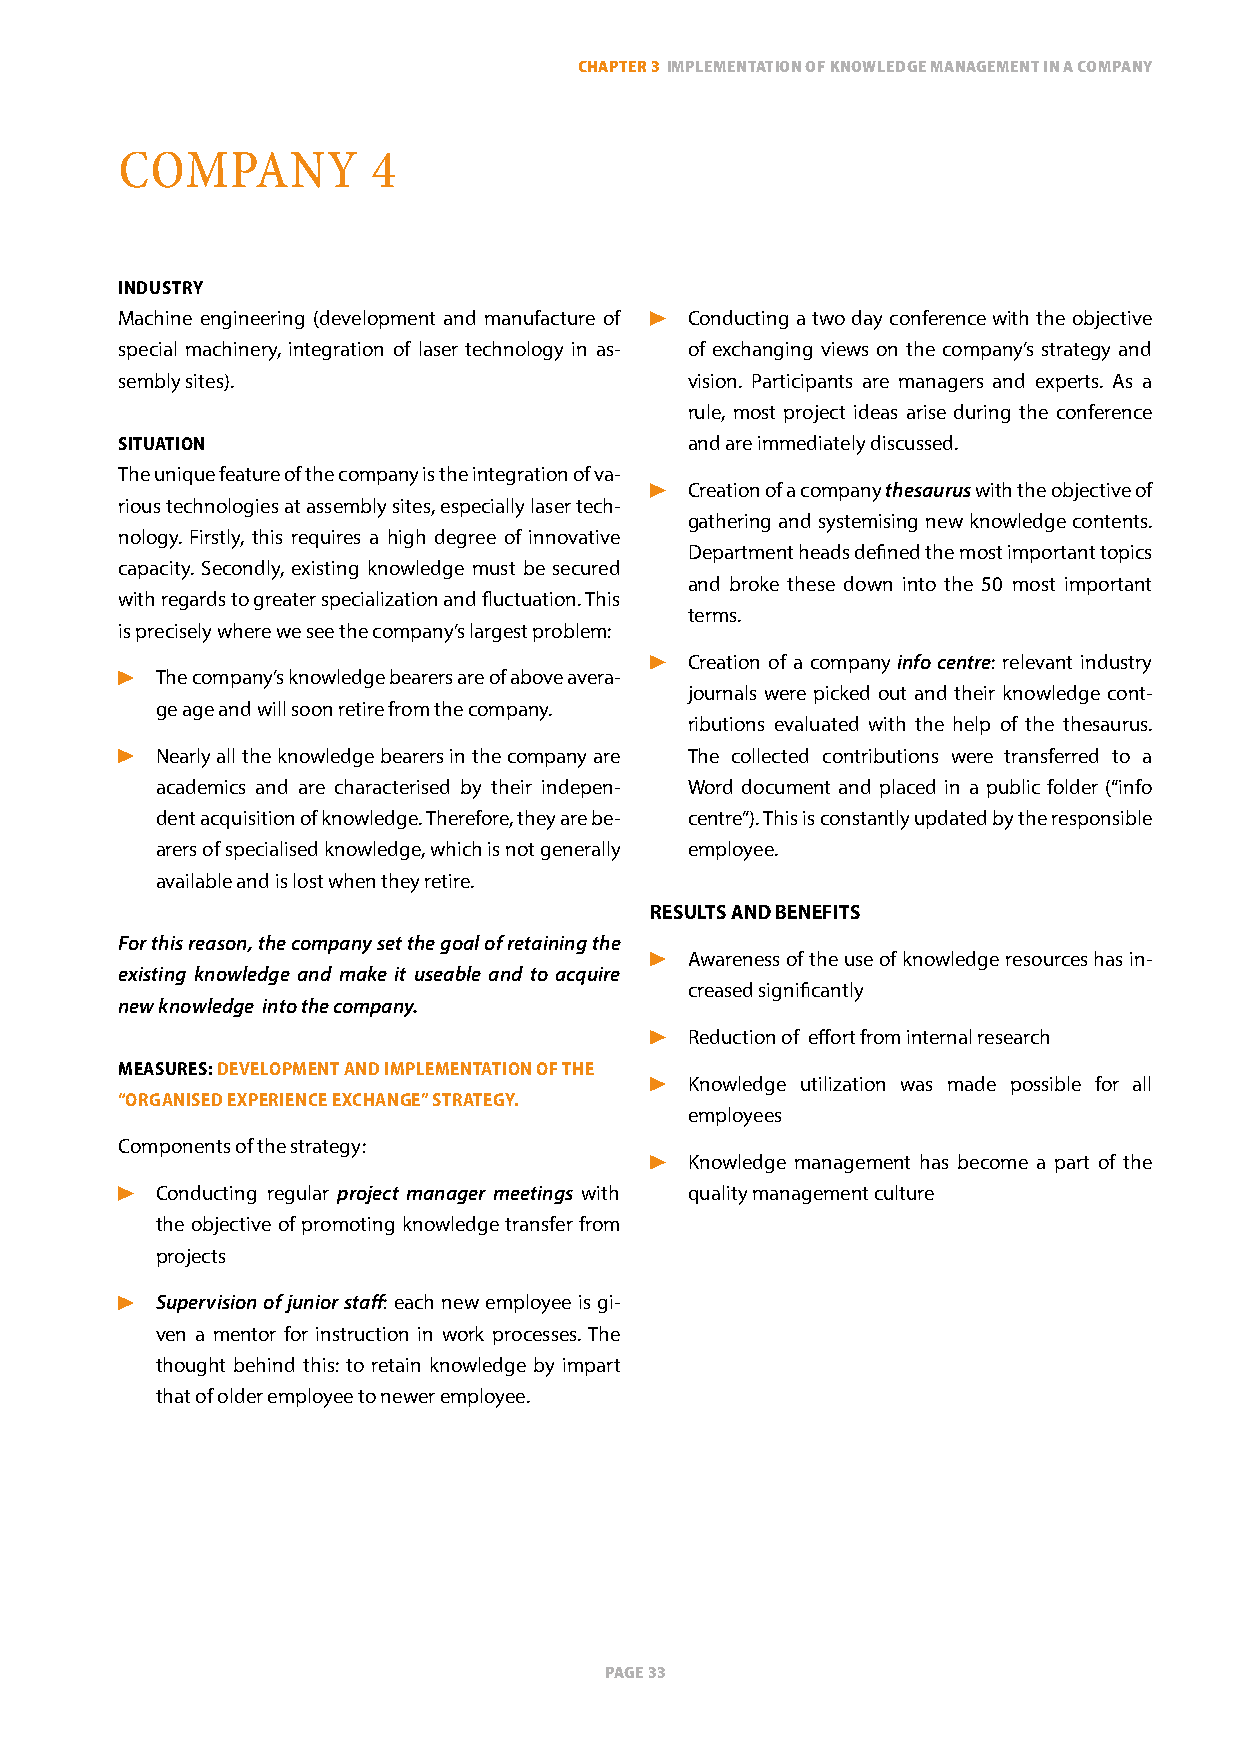
ChapTer 3 implemenTaTion of knowledge managemenT in a Company
 CoMPany          4
 iNdustry
 Machine engineering (development and manufacture of Conducting a two day conference with the objective
 special machinery, integration of laser technology in as- of exchanging views on the company’s strategy and
 sembly sites).                       vision. Participants are managers and experts. As a
 rule, most project ideas arise during the conference
 situatioN                            and are immediately discussed.
 The unique feature of the company is the integration of va-
 Creation of a company thesaurus with the objective of
 rious technologies at assembly sites, especially laser tech-
 gathering and systemising new knowledge contents.
 nology. Firstly, this requires a high degree of innovative
 Department heads defined the most important topics
 capacity. Secondly, existing knowledge must be secured
 and broke these down into the 50 most important
 with regards to greater specialization and fluctuation. This
 terms.
 is precisely where we see the company’s largest problem:
 Creation of a company info centre: relevant industry
 The company’s knowledge bearers are of above avera-
 journals were picked out and their knowledge cont-
 ge age and will soon retire from the company.
 ributions evaluated with the help of the thesaurus.
 nearly all the knowledge bearers in the company are The collected contributions were transferred to a
 academics and are characterised by their indepen- Word document and placed in a public folder (“info
 dent acquisition of knowledge. Therefore, they are be- centre”). This is constantly updated by the responsible
 arers of specialised knowledge, which is not generally employee.
 available and is lost when they retire.
 results aNd beNeFits
 For this reason, the company set the goal of retaining the
 Awareness of the use of knowledge resources has in-
 existing knowledge and make it useable and to acquire
 creased significantly
 new knowledge into the company.
 Reduction of effort from internal research
 measures: develoPmeNt aNd imPlemeNtatioN oF tHe
 Knowledge utilization was made possible for all
 “orgaNised exPerieNce excHaNge” strategy.
 employees
 Components of the strategy:
 Knowledge management has become a part of the
 Conducting regular project manager meetings with quality management culture
 the objective of promoting knowledge transfer from
 projects
 Supervision of junior staff: each new employee is gi-
 ven a mentor for instruction in work processes. The
 thought behind this: to retain knowledge by impart
 that of older employee to newer employee.
 page 33